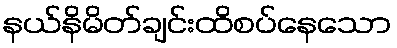
နယ်နိမိတ်ချင်းထိစပ်နေသော